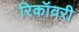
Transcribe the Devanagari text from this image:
रिकॉवरी